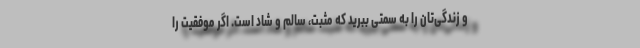
و زندگی‌تان را به سمتی ببرید که مثبت، سالم و شاد است. اگر موفقیت را